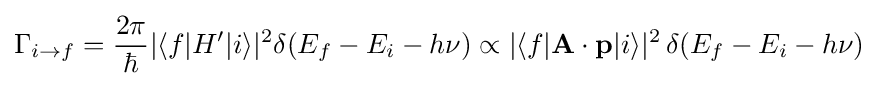
\Gamma _{i\to f}={\frac {2\pi }{\hbar }}|\langle f|H'|i\rangle |^{2}\delta (E_{f}-E_{i}-h\nu )\propto |\langle f|\mathbf {A} \cdot \mathbf {p} |i\rangle |^{2}\,\delta (E_{f}-E_{i}-h\nu )